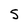
Character: S